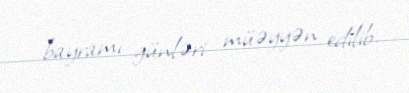
bayramı günləri müəyyən edilib.